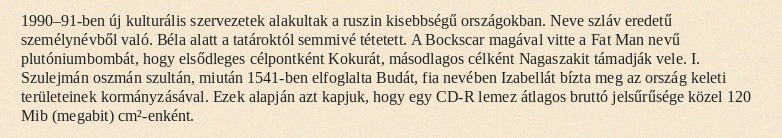
1990–91-ben új kulturális szervezetek alakultak a ruszin kisebbségű országokban. Neve szláv eredetű személynévből való. Béla alatt a tatároktól semmivé tétetett. A Bockscar magával vitte a Fat Man nevű plutóniumbombát, hogy elsődleges célpontként Kokurát, másodlagos célként Nagaszakit támadják vele. I. Szulejmán oszmán szultán, miután 1541-ben elfoglalta Budát, fia nevében Izabellát bízta meg az ország keleti területeinek kormányzásával. Ezek alapján azt kapjuk, hogy egy CD-R lemez átlagos bruttó jelsűrűsége közel 120 Mib (megabit) cm²-enként.